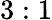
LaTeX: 3:1